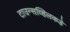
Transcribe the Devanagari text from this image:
टाउन्सव्हिलकडे